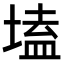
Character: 𡏖